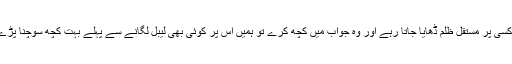
اگر کسی پر مستقل ظلم ڈھایا جاتا رہے اور وہ جواب میں کچھ کرے تو ہمیں اس پر کوئی بھی لیبل لگانے سے پہلے بہت کچھ سوچنا پڑے گا۔